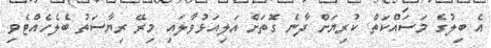
އެ ބިލުގެ މަސައްކަތް ކުރިޔަށް ދާނެ ގޮތަށް އަލިއަޅުވާލައި މިރޭ ރިޔާސަތު ބެލެހެއްޓެވި